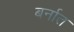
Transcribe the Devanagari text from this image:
बर्नात